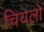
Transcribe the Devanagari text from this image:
चियलो